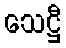
သေဋ္ဌီ